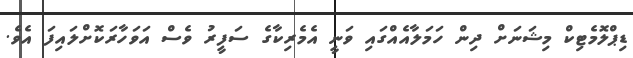
ޑިޕްލޮމެޓިކް މިޝަނަށް ދިން ހަމަލާއެއްގައި ވަނީ އެމެރިކާގެ ސަފީރު ވެސް އަވަހާރަކޮށްލައިފަ އެވެ.